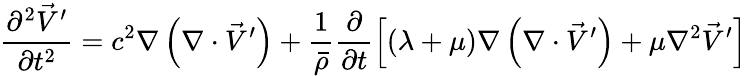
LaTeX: \frac{\partial^{2}\vec{V}^{\prime}}{\partial t^{2}}=c^{2}\nabla\left(\nabla\cdot\vec{V}^{\prime}\right)+\frac{1}{\bar{\rho}}\frac{\partial}{\partial t}\left[\left(\lambda+\mu\right)\nabla\left(\nabla\cdot\vec{V}^{\prime}\right)+\mu\nabla^{2}\vec{V}^{\prime}\right]